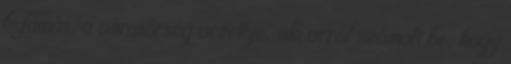
Tamás, a városőrség vezetője, aki arról számolt be, hogy